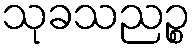
သုခသညဉ္စ